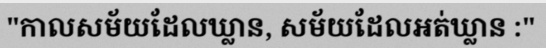
"កាលសម័យដែលឃ្លាន, សម័យដែលអត់ឃ្លាន :"